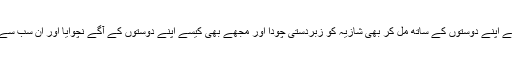
پھر کیسے راجہ نے اپنے دوستوں کے ساتھ مل کر بھی شازیہ کو زبردستی چودا اور مجھے بھی کیسے اپنے دوستوں کے آگے نچوایا اور ان سب سے ایک ساتھ چدوایا۔